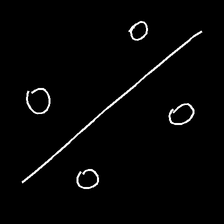
Glyph: cool